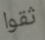
ثقوا